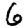
Digit: 6